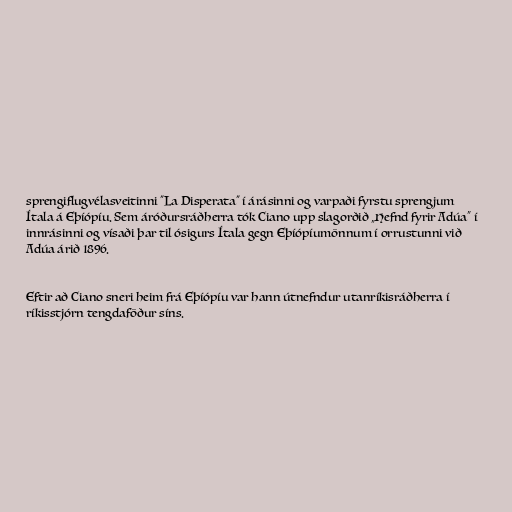
sprengiflugvélasveitinni "La Disperata" í árásinni og varpaði fyrstu sprengjum
Ítala á Eþíópíu. Sem áróðursráðherra tók Ciano upp slagorðið „Hefnd fyrir Adúa“ í
innrásinni og vísaði þar til ósigurs Ítala gegn Eþíópíumönnum í orrustunni við
Adúa árið 1896.

Eftir að Ciano sneri heim frá Eþíópíu var hann útnefndur utanríkisráðherra í
ríkisstjórn tengdaföður síns.